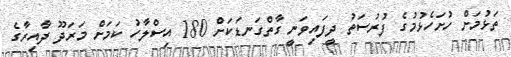
ތަޅުމަށް ހުށަހެޅުމުގެ ފުރުސަތު ދީފައިވަނީ ގާތްގަނޑަކަށް 180 އިސްލާހު ކަމަށް މަރަދޫ ދާއިރާގެ